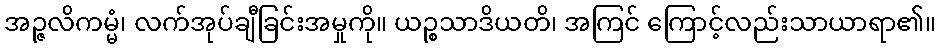
အဉ္ဇလိကမ္မံ၊ လက်အုပ်ချီခြင်းအမှုကို။ ယဉ္စသာဒိယတိ၊ အကြင် ကြောင့်လည်းသာယာရာ၏။